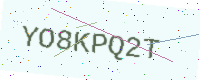
Text: YO8KPQ2T